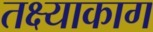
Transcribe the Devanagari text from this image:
तक्ष्याकाग